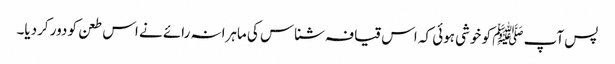
پس آپ ﷺ کو خوشی ہوئی کہ اس قیافہ شناس کی ماہرانہ رائے نے اس طعن کو دور کردیا۔